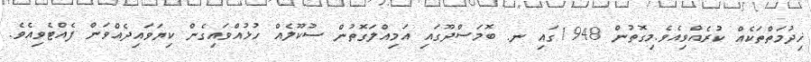
ޚިދުމަތްތަކެއް ކުރެއްވިއެވެ.މިގޮތުން 1948ގައި ނ. ބޮމަސްދޫގައި އަމިއްލަގޮތުން ސުކޫލެއް ހުޅުއްވައިގެން ކިޔަވައިދެއްވަން ފެއްޓެވިއެވެ.